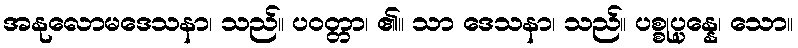
အနုလောမဒေသနာ၊ သည်။ ပဝတ္တာ၊ ၏။ သာ ဒေသနာ၊ သည်။ ပစ္စုပ္ပန္နေ၊ သော။